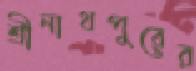
শ্রীনাথপুরের